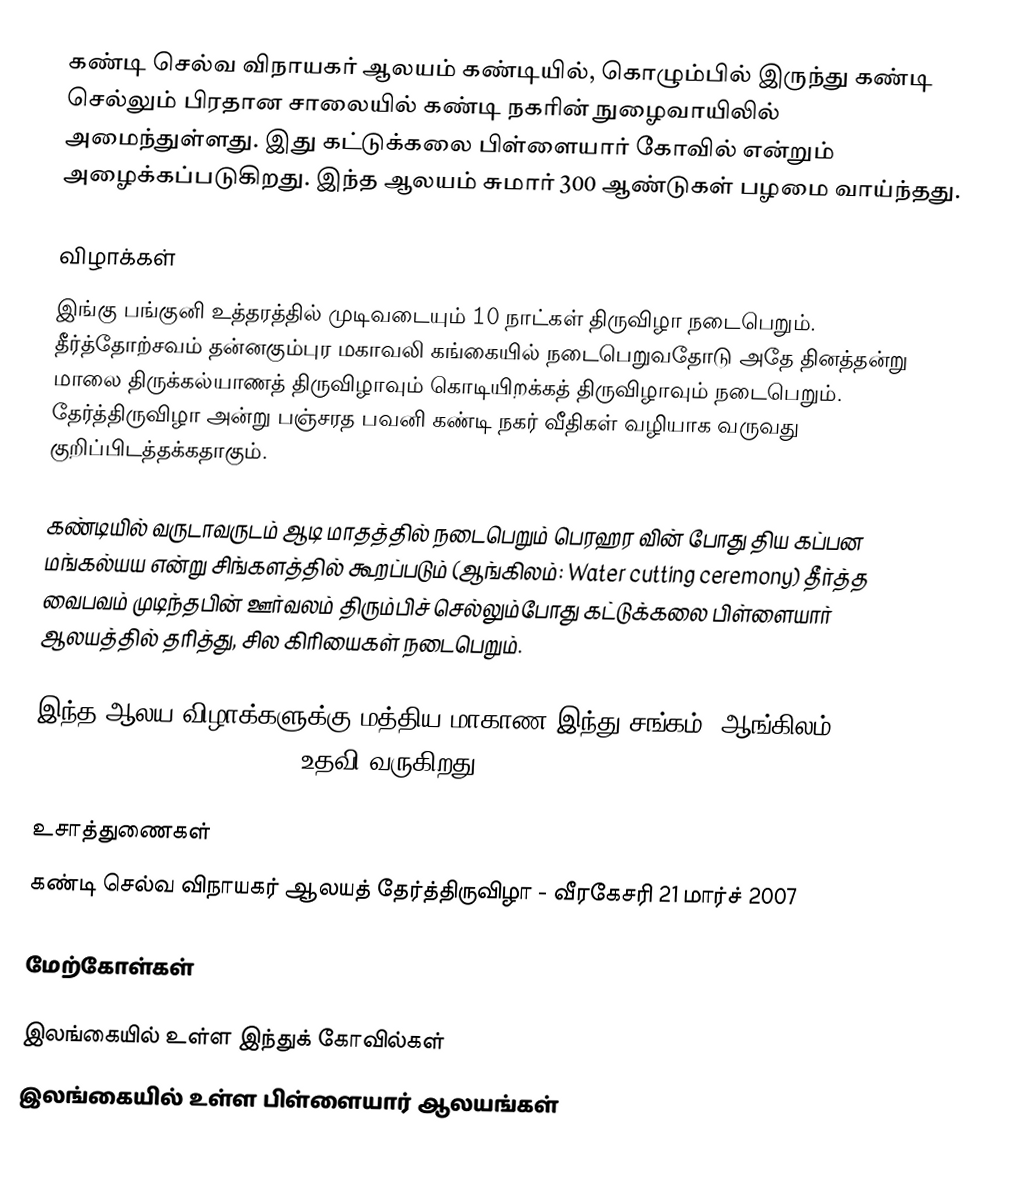
கண்டி செல்வ விநாயகர் ஆலயம் கண்டியில், கொழும்பில் இருந்து கண்டி செல்லும் பிரதான சாலையில் கண்டி நகரின் நுழைவாயிலில் அமைந்துள்ளது. இது கட்டுக்கலை பிள்ளையார் கோவில் என்றும் அழைக்கப்படுகிறது. இந்த ஆலயம் சுமார் 300 ஆண்டுகள் பழமை வாய்ந்தது.

விழாக்கள்
இங்கு பங்குனி உத்தரத்தில் முடிவடையும் 10 நாட்கள் திருவிழா நடைபெறும். தீர்த்தோற்சவம் தன்னகும்புர மகாவலி கங்கையில் நடைபெறுவதோடு அதே தினத்தன்று மாலை திருக்கல்யாணத் திருவிழாவும் கொடியிறக்கத் திருவிழாவும் நடைபெறும். தேர்த்திருவிழா அன்று பஞ்சரத பவனி கண்டி நகர் வீதிகள் வழியாக வருவது குறிப்பிடத்தக்கதாகும்.

கண்டியில் வருடாவருடம் ஆடி மாதத்தில் நடைபெறும் பெரஹர வின் போது திய கப்பன மங்கல்யய என்று சிங்களத்தில் கூறப்படும் (ஆங்கிலம்: Water cutting ceremony) தீர்த்த வைபவம் முடிந்தபின் ஊர்வலம் திரும்பிச் செல்லும்போது கட்டுக்கலை பிள்ளையார் ஆலயத்தில் தரித்து, சில கிரியைகள் நடைபெறும்.

இந்த ஆலய விழாக்களுக்கு மத்திய மாகாண இந்து சங்கம் (ஆங்கிலம்: Central Province Hindu Association) உதவி வருகிறது.

உசாத்துணைகள்
கண்டி செல்வ விநாயகர் ஆலயத் தேர்த்திருவிழா - வீரகேசரி 21 மார்ச் 2007

மேற்கோள்கள்

இலங்கையில் உள்ள இந்துக் கோவில்கள்
இலங்கையில் உள்ள பிள்ளையார் ஆலயங்கள்